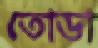
তোডা